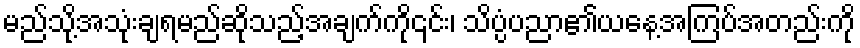
မည်သို့အသုံးချရမည်ဆိုသည့်အချက်ကို၎င်း၊ သိပ္ပံပညာ၏ယနေ့အကြပ်အတည်းကို